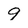
Character: 9